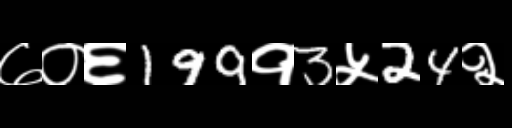
Text: ७०६199१3५24२